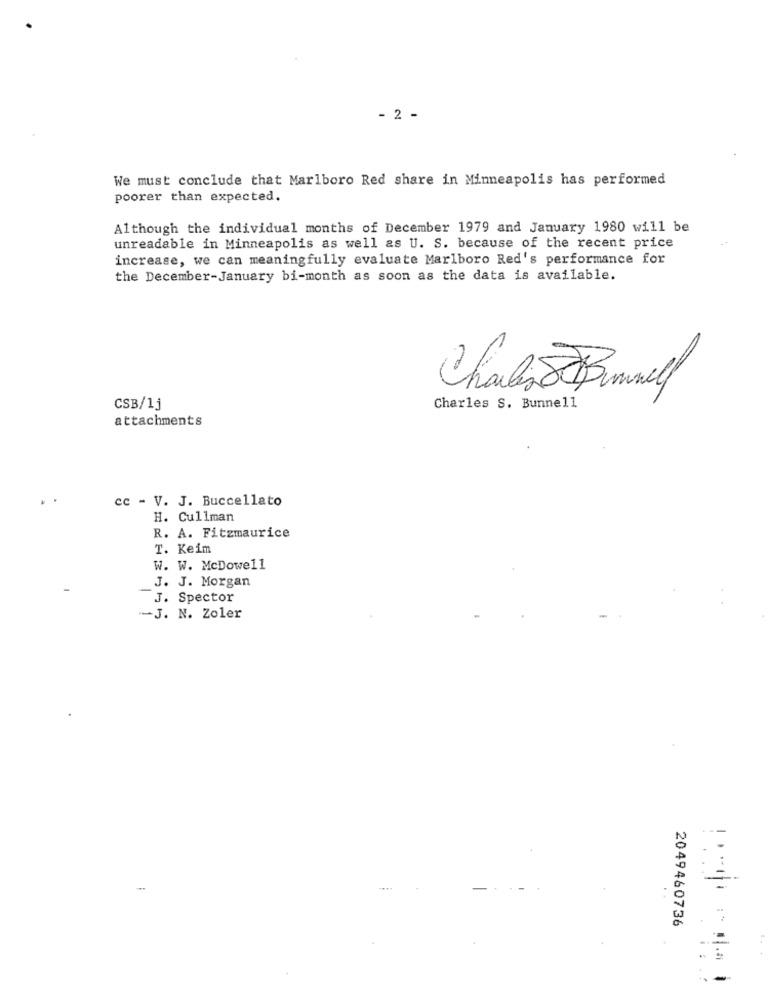
- 2 -
We must conclude that Marlboro Red share in Minneapolis has performed
poorer than expected.
Although the individual months of December 1979 and January 1980 will be
unreadable in Minneapolis as well as U. S. because of the recent price
increase, we can meaningfully evaluate Marlboro Red's performance for
the December-January bi-month as soon as the data is available.
CSB/1
Charles S. Bunnell
attachments
cc - V. J. Buccellato
H. Cullman
R. A. Fitzmaurice
T. Keim
W. W. McDowell
J. J. Morgan
J. Spector
-J. N. Zoler
--
=
-
2049460736
-